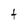
Character: t